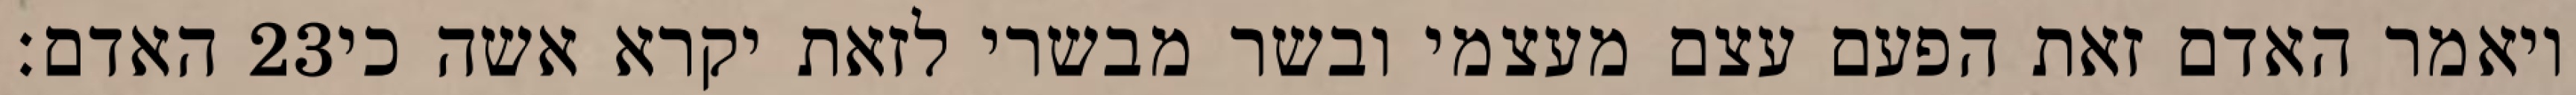
האדם׃ ‎23‏ ויאמר האדם זאת הפעם עצם מעצמי ובשר מבשרי לזאת יקרא אשה כי